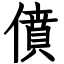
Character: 僨